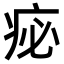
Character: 𤵘